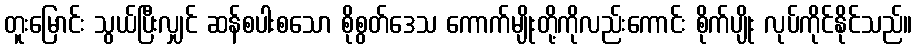
တူးမြောင်း သွယ်ပြီးလျှင် ဆန်စပါးစသော စိုစွတ်ဒေသ ကောက်မျိုးတို့ကိုလည်းကောင်း စိုက်ပျိုး လုပ်ကိုင်နိုင်သည်။